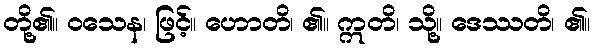
တို့၏။ ဝသေန၊ ဖြင့်။ ဟောတိ၊ ၏။ ဣတိ၊ သို့။ ဒေဿတိ၊ ၏။